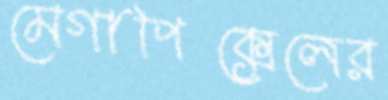
মেগাপিক্সেলের